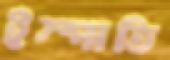
ইস্পাতি